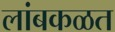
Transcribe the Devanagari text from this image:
लांबकळत